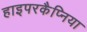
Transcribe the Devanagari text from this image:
हाइपरकैप्निया